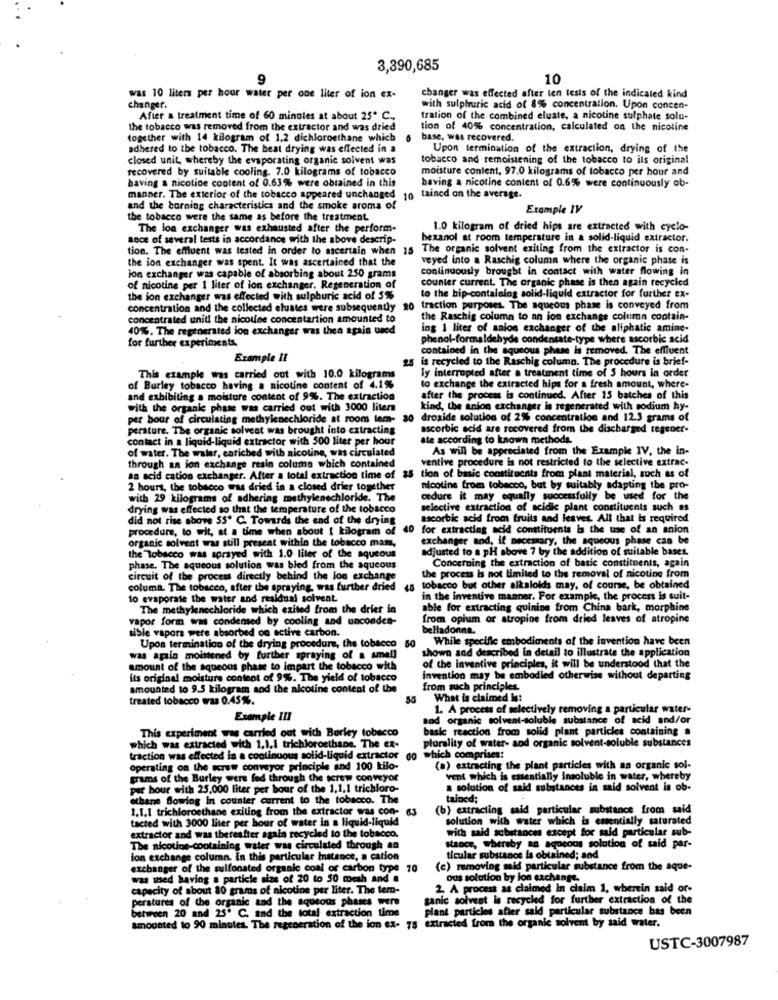
3,390,685
9
10
was 10 liters per hour water per one liter of ion ex-
changer was effected after len tests of the indicated kind
changer.
with sulphuric acid of 8% concentration. Upon concen-
After a treatment time of 60 mingles at about 25* C ..
tration of the combined eluate, a nicotine sulphate solu-
the tobacco was removed from the extractor and was dried
tion of 40% concentration, calculated on the nicotine
together with 14 kilogram of 1.2 dichloroethane which
base, was recovered.
adhered to the tobacco. The beat drying was effected in a
Upon termination of the extraction, drying of the
closed unit, whereby the evaporating organic solvent was
tobacco and remoistening of the tobacco to its original
recovered by suitable cooling. 7.0 kilograms of tobacco
moisture content, 97.0 kilograms of tobacco per hour and
having a nicotine content of 0.63% were obtained in this
having a nicotine content of 0.6% were continuously ob-
manner. The exterior of the tobacco appeared unchanged
10 tained on the average.
and the borning characteristics and the smoke aroma of
Example IV
the tobacco were the same as before the treatment
The ion exchanger was exhausted after the perform-
1.0 kilogram of dried hips are extracted with cyclo-
ance of several tests in accordance with the above descrip-
hexanol at room temperature in a solid-liquid extractor.
tion. The effluent was tested in order to ascertain when 15 The organic solvent exiting from the extractor is con-
the ion exchanger was spent. It was ascertained that the
veyed into a Raschig column where the organic phase is
continuously brought in contact with water flowing in
ion exchanger was capable of absorbing about 250 grams
counter current. The organic phase is then again recycled
of nicotine per 1 liter of ion exchanger. Regeneration of
the ion exchanger was effected with sulphuric acid of 5%
to the hip-containlog solid-liquid extractor for further ex-
concentration and the collected elustes were subsequently
20 traction purposes. The aqueous phase is conveyed from
concentrated uniti the nicolee concentartion amounted to
the Raschig column to an ion exchange column contain-
40%. The regenerated lon exchanger was then again used
ing 1 liter of anios exchanger of the aliphatic amine-
for further experiments,
phenol-formaldehyde condensate-type where ascorbic acid
contained in the aqueous phase is removed. The effluent
Example II
25
is recycled to the Raschig column. The procedure is brief-
ly interrupted after a treatment time of 5 hours in order
This example was carried out with 10.0 kilograms
of Burley tobacco having a nicotine content of 4.1%
to exchange the extracted hips for a fresh amount, where-
and exhibiting a moisture content of 9%. The extraction
after the process is continued. After 15 batches of this
with the organic phase was carried out with 3000 liters
kind, the anion exchanger is regenerated with sodium hy-
per bour of circulating methylenechloride at room lem-
30
droxide solution of 2% concentration and 12.3 grams of
perature. The organic solvent was brought into extracting
ascorbic acid are recovered from the discharged regener-
contact in a liquid-liquid extractor with 500 liter per hour
ate according to known methods.
of water. The water, enriched with nicotine, was circulated
As will be appreciated from the Example IV, the in-
ventive procedure is not restricted to the selective extrac-
through an ion exchange resin column which contained
an acid cation exchanger. After a total extraction time of 35 tion of basic constituents from plant material, such as of
2 hours, the tobacco was dried in a closed drier together
nicoline from tobacco, but by suitably adapting the pro-
with 29 kilograms of adhering methylenechloride. The
cedure it may equally successfully be used for the
drying was effected so that the temperature of the tobacco
selective extraction of acidic plant constituents such as
did not rise above 55º C. Towards the end of the drying
ascorbic acid from fruits and leaves. All that is required
procedure, to wit, at a time when about 1 kilogram of
40
for extracting acid constituents la the use of an anion
exchanger and, if necessary, the aqueous phase can be
organic solvent was still present within the tobacco mat,
adjusted to a pH above 7 by the addition of suitable bases.
the Tobacco was sprayed with 1.0 liter of the aqueous
phase. The aqueous solution was bled from the squeous
Concerning the extraction of basic constituents, again
circuit of the process directly behind the lon exchange
the process is not limited to the removal of nicotine from
column. The tobacco, after the spraying, was further dried
is tobacco but other alkaloids may, of course, be obtained
10 evaporate the water and residual solvent
in the inventive manner. For example, the process is suit-
The methylenechloride which exited from the drier in
able for extracting quinine from China bark, morphine
vapor form was condemed by cooling and uncondes-
from oplum or atropine from dried leaves of atropine
tible vapors were absorbed on active carbon.
belladonna.
While specific embodiments of the invention have been
Upon termination of the drying procedure, the tobacco 50
shown and described in detail to illustrate the application
was apalo moistened by further spraying of a small
amount of the aqueous phase to impart the tobacco with
of the inventive principles, it will be understood that the
ils original moisture content of 9%. The yield of tobacco
invention may be embodied otherwise without departing
amounted to 9.5 kilogram and the nicotine content of the
from such principles.
treated tobacco was 0.45%.
55
What is claimed in:
1. A process of selectively removing a particular water-
Example III
and organic solvent-soluble substance of acid and/or
This experiment was carried out with Barley tobacco
basic reaction from solid plant particles containing a
plurality of water- and organic solvent-soluble substances
which was extracted with 1.1.1 trichloroethane. The ex-
traction was effected in a continuous solid-liquid extractor go which comprises:
operating on the wrew conveyor principle and 100 kilo-
(a) extracting the plant particles with an organic sol-
grams of the Burley wers fed through the screw conveyor
vent which is essentially Insoluble in water, whereby
per hour with 25,000 liter per bour of the 1,1,1 trichloro-
a solution of said substances in said solvent is ob-
ethane Blowing in counter current to the tobacco. The
tained;
1.1.1 trichloroethane exiting from the extractor was con- 63
(b) extracting said particular substance from said
tacted with 3000 liter per hour of water in a liquid-liquid
solution with water which is essentially saturated
with said substances except for said particular sub-
extractor and was thereafter again recycled to the tobacco.
The nicotine-containing water was circulated through an
stance, whereby as aqueous solution of said par-
ion exchange column. In this particular Instance, a cation
ticular substance la obtained; and
exchanger of the sulfonated organic coal or carbon type 70
(c) removing said particular substance from the aque-
was used having a particle size of 20 to 50 mesh and a
ous solution by lon exchange.
capacity of about 80 grams of nicotine per liter. The tem-
2. A process as claimed In claim 1, wherein said or-
perstures of the organic and the aqueous phases
ganic solvent In recycled for further extraction of the
between 20 and 25º C. and the total extraction time
plant particles after said particular substance bas been
extracted from the organic solvent by said water.
amounted to 90 minutes. The regeneration of the ion ex- 75
USTC-3007987